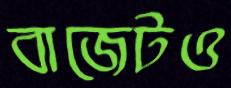
বাজেটও